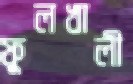
ফুলখালী